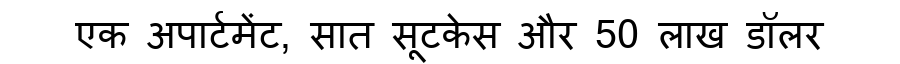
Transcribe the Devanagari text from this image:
एक अपार्टमेंट, सात सूटकेस और 50 लाख डॉलर